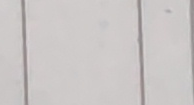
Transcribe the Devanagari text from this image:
मगर